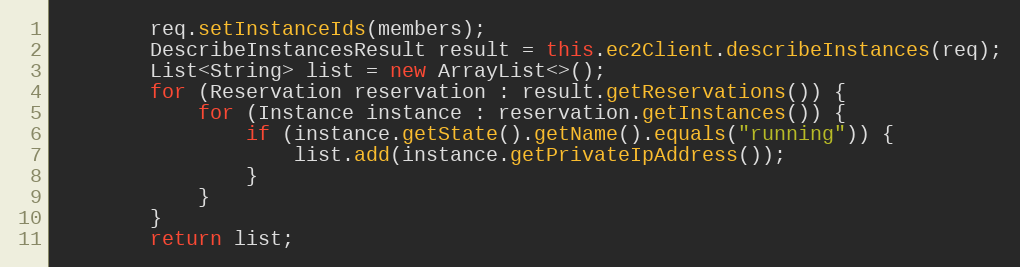
Language: Java
        req.setInstanceIds(members);
        DescribeInstancesResult result = this.ec2Client.describeInstances(req);
        List<String> list = new ArrayList<>();
        for (Reservation reservation : result.getReservations()) {
            for (Instance instance : reservation.getInstances()) {
                if (instance.getState().getName().equals("running")) {
                    list.add(instance.getPrivateIpAddress());
                }
            }
        }
        return list;